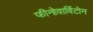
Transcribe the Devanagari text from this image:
फीनोवार्विटोन